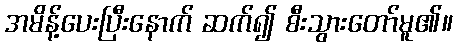
အမိန့်ပေးပြီးနောက် ဆက်၍ စီးသွားတော်မူ၏။